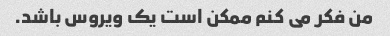
من فکر می کنم ممکن است یک ویروس باشد.